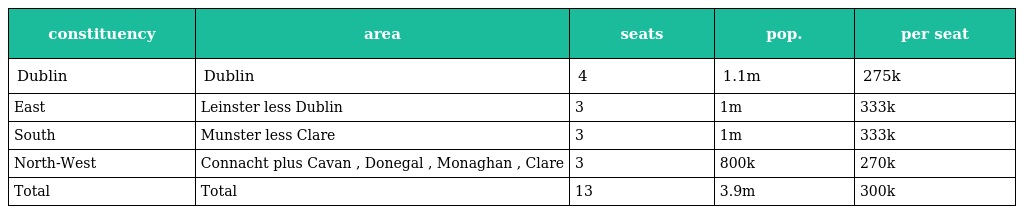
| constituency | area | seats | pop. | per seat |
 | --- | --- | --- | --- | --- |
 | Dublin | Dublin | 4 | 1.1m | 275k |
 | East | Leinster less Dublin | 3 | 1m | 333k |
 | South | Munster less Clare | 3 | 1m | 333k |
 | North-West | Connacht plus Cavan , Donegal , Monaghan , Clare | 3 | 800k | 270k |
 | Total | Total | 13 | 3.9m | 300k |